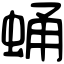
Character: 蛹